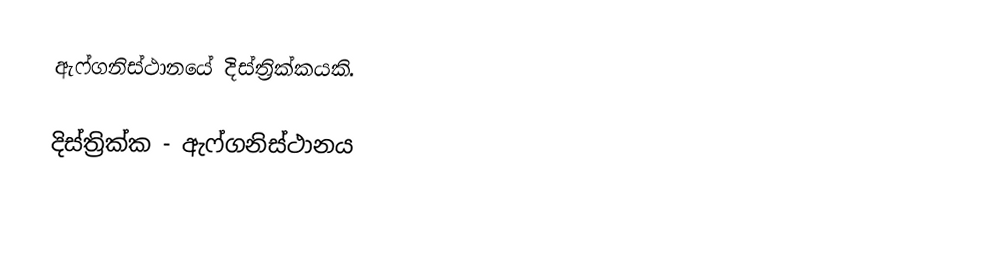
ඇෆ්ගනිස්ථානයේ දිස්ත්‍රික්කයකි.

දිස්ත්‍රික්ක - ඇෆ්ගනිස්ථානය